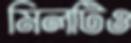
মিলটিও